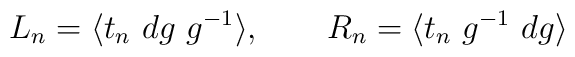
L_n =\langle t_n~ dg~g^{-1}\rangle ,~~~~~~ R_n =\langle t_n~ g^{-1}~dg\rangle